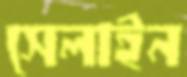
সেলাইন